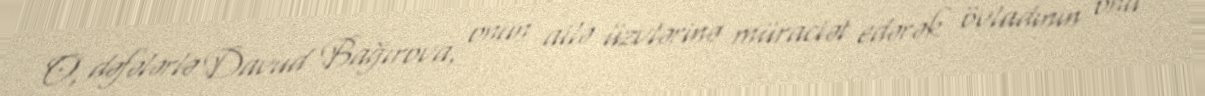
O, dəfələrlə Davud Bağırova, onun ailə üzvlərinə müraciət edərək övladının ona